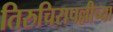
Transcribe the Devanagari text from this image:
तिरुचिरापल्लीच्या